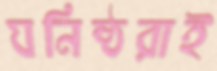
ঘনিষ্ঠরাই